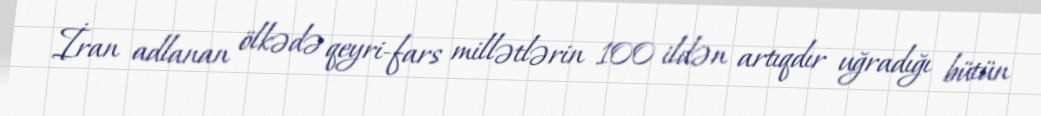
İran adlanan ölkədə qeyri-fars millətlərin 100 ildən artıqdır uğradığı bütün